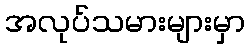
အလုပ်သမားများမှာ